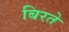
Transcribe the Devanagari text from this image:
बिरते